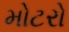
મોટરો